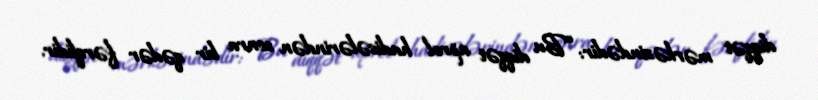
diqqət mərkəzindədir: “Bu diqqət aprel hadisələrindən sonra bir qədər fərqlidir.